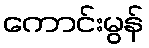
ကောင်းမွန်